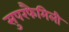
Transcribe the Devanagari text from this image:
सुपरफैमिली